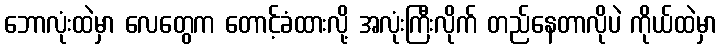
ဘောလုံးထဲမှာ လေတွေက တောင့်ခံထားလို့ အလုံးကြီးလိုက် တည်နေတာလိုပဲ ကိုယ်ထဲမှာ